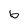
Character: b